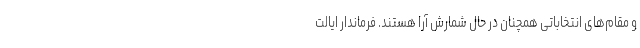
و مقام‌های انتخاباتی همچنان در حال شمارش آرا هستند. فرماندار ایالت